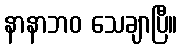
နာနာဘဝ သေချာပြီ။